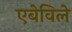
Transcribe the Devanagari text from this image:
एबेविले